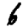
Digit: 6